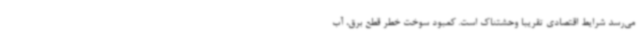
می‌رسد شرایط اقتصادی تقریبا وحشتناک است. کمبود سوخت خطر قطع برق، آب